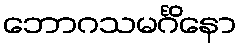
ဘောဂသမင်္ဂိနော